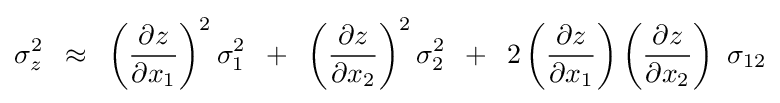
\sigma _{z}^{2}\,\,\,\approx \,\,\,\left({{\partial z} \over {\partial x_{1}}}\right)^{2}\sigma _{1}^{2}\,\,\,+\,\,\,\left({{\partial z} \over {\partial x_{2}}}\right)^{2}\sigma _{2}^{2}\,\,\,+\,\,\,2\left({{\partial z} \over {\partial x_{1}}}\right)\left({{\partial z} \over {\partial x_{2}}}\right)\,\,\sigma _{12}